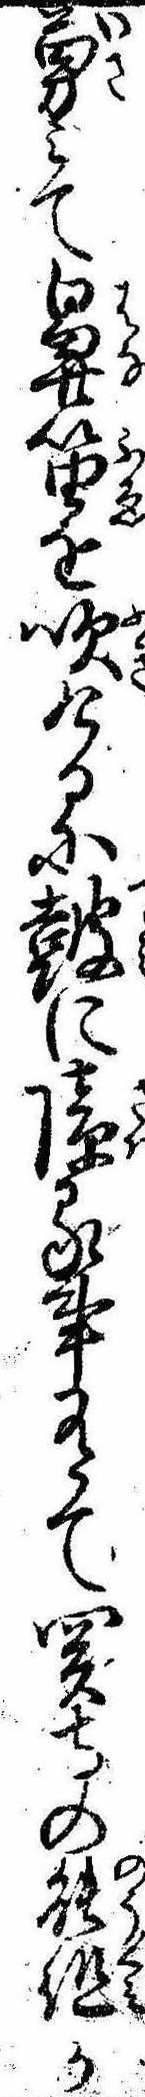
勇みて鼻笛を吹けるに鼓に障る事有て関寺の能組か